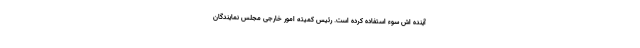
آینده اش سوء استفاده کرده است. رئیس کمیته امور خارجی مجلس نمایندگان